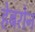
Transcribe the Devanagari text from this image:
हेबरोन